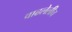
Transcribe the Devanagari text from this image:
वाढलेलीच